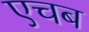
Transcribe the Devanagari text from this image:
एचब